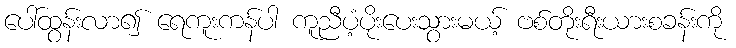
ပေါ်ထွန်းလာ၍ ရေကူးကန်ပါ ကူညီပံ့ပိုးပေးသွားမယ့် ဗစ်တိုးရီးယားစခန်းကို